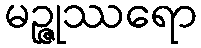
မဉ္ဇုဿရော